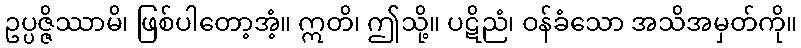
ဥပ္ပဇ္ဇိဿာမိ၊ ဖြစ်ပါတော့အံ့။ ဣတိ၊ ဤသို့။ ပဋိညံ၊ ဝန်ခံသော အသိအမှတ်ကို။